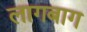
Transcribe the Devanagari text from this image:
लागबाग